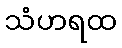
သံဟရထ